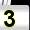
Digit: 3